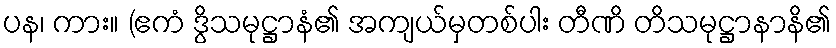
ပန၊ ကား။ (ဧကံ ဒွိသမုဋ္ဌာနံ၏ အကျယ်မှတစ်ပါး တီဏိ တိသမုဋ္ဌာနာနိ၏